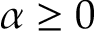
\alpha \geq 0